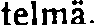
telmä.